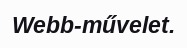
Webb-művelet.